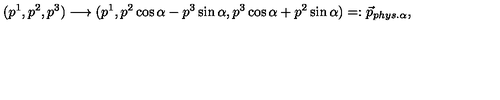
( p ^ { 1 } , p ^ { 2 } , p ^ { 3 } ) \longrightarrow ( p ^ { 1 } , p ^ { 2 } \cos \alpha - p ^ { 3 } \sin \alpha , p ^ { 3 } \cos \alpha + p ^ { 2 } \sin \alpha ) = : \vec { p } _ { p h y s . \alpha } ,